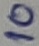
Text: 10